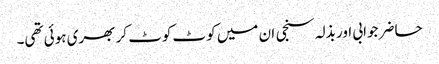
حاضر جوابی اور بذلہ سنجی ان میں کوٹ کوٹ کر بھری ہوئی تھی۔